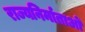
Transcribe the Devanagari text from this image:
राज्यनिर्माताओं